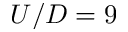
U / D = 9